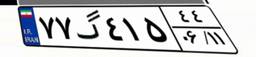
۱۲گ۵۰۵۳۲